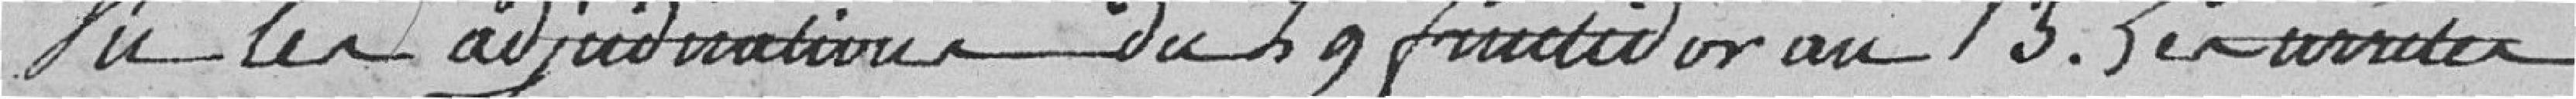
Vu les adjudications du 29 fructidor an 13. Les arrêtés